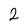
Character: 2